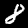
Digit: 8